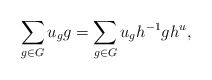
\begin{align*} \sum_{g \in G} u_g g = \sum_{g \in G} u_g h^{-1}gh^u, \end{align*}